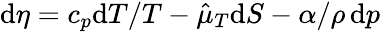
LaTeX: \mathrm{d}\eta=c_{p}\mathrm{d}T/T-\hat{\mu}_{T}\mathrm{d}S-\alpha/\rho\, \mathrm{d}p